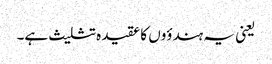
یعنی یہ ہندؤوں کا عقیدہ تثلیث ہے۔